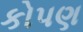
કોપણ